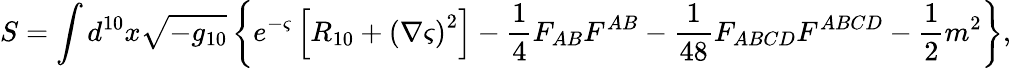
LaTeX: S=\int d^{10}x\sqrt{-g_{10}}\left\{ e^{-\varsigma}\left[R_{10}+\left(\nabla\varsigma\right)^{2}\right]-\frac{1}{4}F_{AB}F^{AB}-\frac{1}{48}F_{ABCD}F^{ABCD}-\frac{1}{2}m^{2}\right\} ,